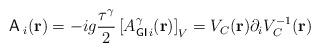
LaTeX: \begin{align*}{\sf A}\,_i({\bf{r}})=-ig\frac{{\tau}^{\gamma}}{2}\left[A_{{\sf GI}\,i}^{\gamma}({\bf{r}})\right]_{V}=V_C({\bf{r}}){\partial}_iV^{-1}_C({\bf{r}})\end{align*}